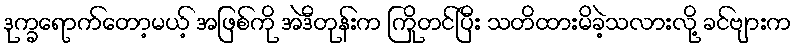
ဒုက္ခရောက်တော့မယ့် အဖြစ်ကို အဲဒီတုန်းက ကြိုတင်ပြီး သတိထားမိခဲ့သလားလို့ ခင်ဗျားက